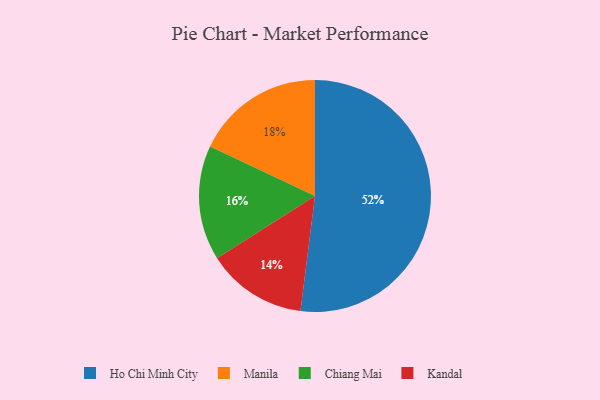
{"axis": {"x": "Category", "y": "Percentage"}, "legend": ["Chiang Mai", "Ho Chi Minh City", "Kandal", "Manila"], "data": [{"x": "Chiang Mai", "y": 16, "type": "Chiang Mai"}, {"x": "Kandal", "y": 14, "type": "Kandal"}, {"x": "Manila", "y": 18, "type": "Manila"}, {"x": "Ho Chi Minh City", "y": 52, "type": "Ho Chi Minh City"}]}